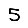
Digit: 5